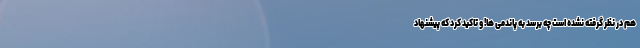
هم در نظر گرفته نشده است چه برسد به پاندمی ها! و تاکید کرد که پیشنهاد